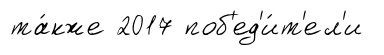
та́кже 2017 поб'ед'и́т'ел'и